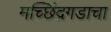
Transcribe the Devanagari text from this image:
मच्छिंद्रगडाचा